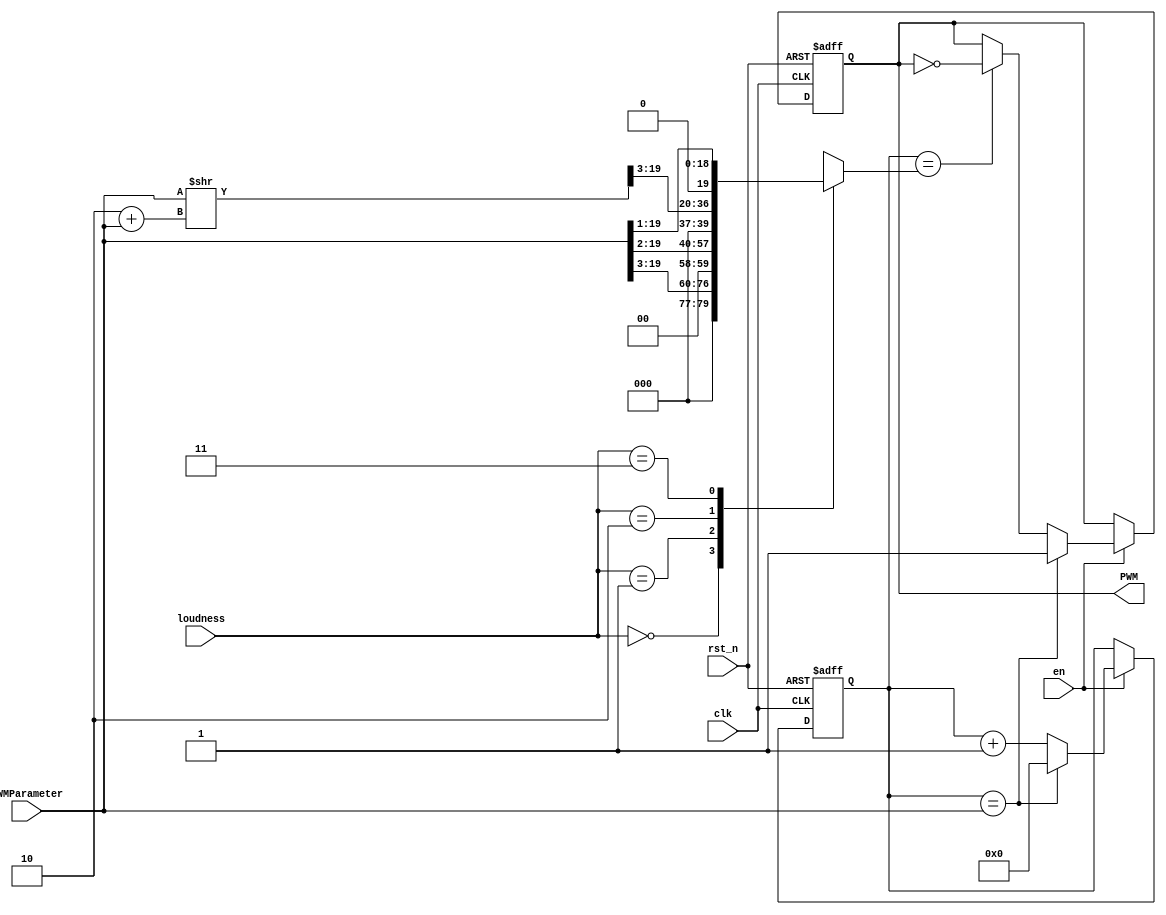
module TunePWM(input wire clk,rst_n,en,
               input wire[19:0] PWMParameter,
               input wire[1:0] loudness,
               output reg PWM);
    
    reg[19:0] cnt,PWMDuty;

    always @(posedge clk or negedge rst_n) begin
        if(!rst_n)begin
            cnt <= 20'd0;
            PWM <= 1'b1;
        end
        else begin
            if (en) begin
                if (cnt == PWMParameter) begin
                    cnt <= 20'd0;
                    PWM <= 1'b1;
                end else begin
                    if (cnt == PWMDuty) begin
                        PWM <= ~PWM;
                    end else begin
                        PWM <= PWM;
                    end
                    cnt <= cnt + 1'b1;
                end           
            end else begin
                cnt <= cnt;
                PWM <= PWM;
            end
        end
    end

    always @(loudness,PWMParameter) begin
        case(loudness)
            2'b00: PWMDuty = PWMParameter >> 3;
            2'b01: PWMDuty = PWMParameter >> 2;
            2'b10: PWMDuty = PWMParameter >> 2 + PWMParameter >> 3;
            2'b11: PWMDuty = PWMParameter >> 1;
            default: PWMDuty = PWMParameter >> 1;
        endcase
    end

endmodule